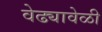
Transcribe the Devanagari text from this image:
वेढ्यावेळी